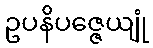
ဥပနိပဇ္ဇေယျုံ